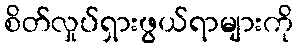
စိတ်လှုပ်ရှားဖွယ်ရာများကို